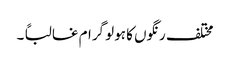
مختلف رنگوں کا ہولو گرام غالباً ۔